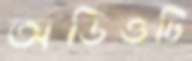
অডিওটি